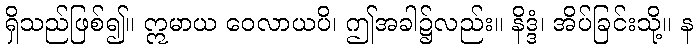
ရှိသည်ဖြစ်၍။ ဣမာယ ဝေလာယပိ၊ ဤအခါ၌လည်း။ နိဒ္ဒံ၊ အိပ်ခြင်းသို့။ န